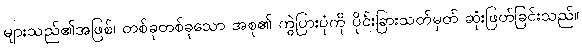
များသည်၏အဖြစ်၊ တစ်ခုတစ်ခုသော အစု၏ ကွဲပြားပုံကို ပိုင်းခြားသတ်မှတ် ဆုံးဖြတ်ခြင်းသည်။